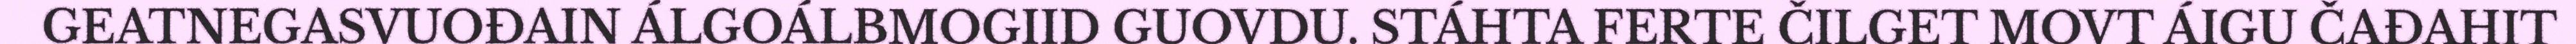
GEATNEGASVUOĐAIN ÁLGOÁLBMOGIID GUOVDU. STÁHTA FERTE ČILGET MOVT ÁIGU ČAĐAHIT